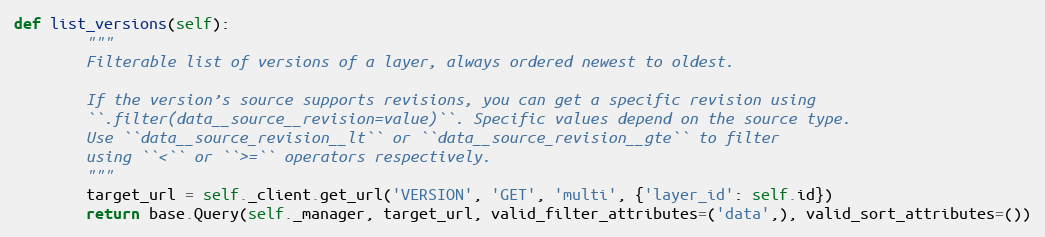
Language: Python
def list_versions(self):
        """
        Filterable list of versions of a layer, always ordered newest to oldest.

        If the version’s source supports revisions, you can get a specific revision using
        ``.filter(data__source__revision=value)``. Specific values depend on the source type.
        Use ``data__source_revision__lt`` or ``data__source_revision__gte`` to filter
        using ``<`` or ``>=`` operators respectively.
        """
        target_url = self._client.get_url('VERSION', 'GET', 'multi', {'layer_id': self.id})
        return base.Query(self._manager, target_url, valid_filter_attributes=('data',), valid_sort_attributes=())